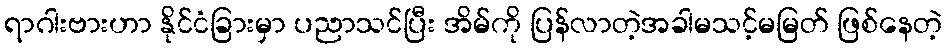
ရာဂါးဗားဟာ နိုင်ငံခြားမှာ ပညာသင်ပြီး အိမ်ကို ပြန်လာတဲ့အခါမသင့်မမြတ် ဖြစ်နေတဲ့